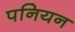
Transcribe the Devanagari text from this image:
पनियन